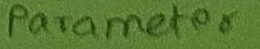
Text: Parameter